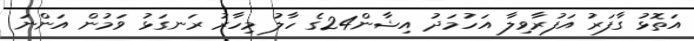
އަތޮޅު ގާފަރު އަފުރާވިލާ އަހުމަދު އިޝާން24ގެ ހާލު މިހާރު ރަނގަޅު ވަމުން އަންނަ